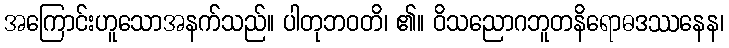
အကြောင်းဟူသောအနက်သည်။ ပါတုဘဝတိ၊ ၏။ ဝိသညောဂဘူတနိရောဓဒဿနေန၊